Annual report of the Civil Veterinary Department, Bengal, and of the Bengal Veterinary College for the year 1905-1906 - 1905-1906
Year: 1905
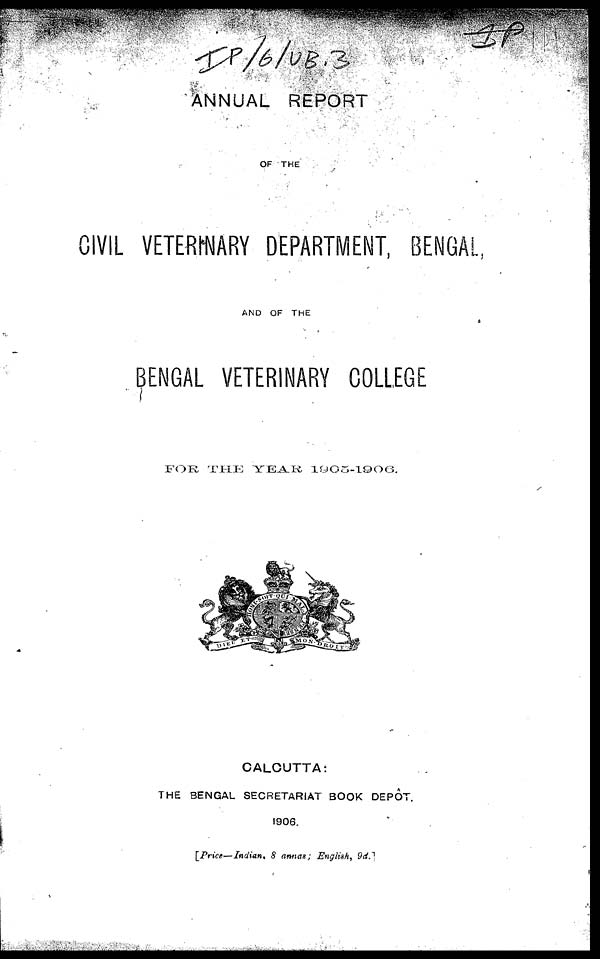
ANNUAL REPORT
OF THE
CIVIL VETERINARY DEPARTMENT, BENGAL,
AND OF THE
BENGAL VETERINARY COLLEGE
FOR THE YEAR
1905-1906.
CALCUTTA:
THE BENGAL SECRETARIAT BOOK DEPOT.
1906.
[Price—Indian, 8 annas ; English, 9d.]